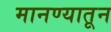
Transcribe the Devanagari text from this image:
मानण्यातून